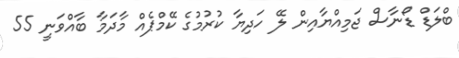
ބްލަޑް ޑޯނާސް ޖަމިއްޔާއިން ލޭ ހަދިޔާ ކުރުމުގެ ކޭމްޕެއް މާދަމާ ބާއްވަނީ 55